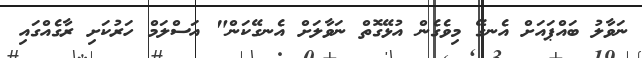
ނަވާލު ބައްޕައަށް އެނގޭ މިވެގެން އުޅޭގޮތް ނަވާލަށް އެނގޭކަން" އަސްލަމް ހަރުކަށި ރާގެއްގައި